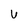
Character: U